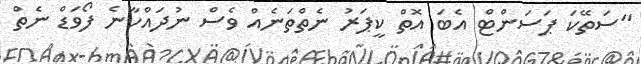
"ސަތޭކަ ޕަސަންޓް އެބަ އޮތް ކީޕަރު ނެތްތަނެއް ވެސް ނުދައްކާނެ ފޯވަޑް ނެތް